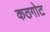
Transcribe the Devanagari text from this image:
कठगोट